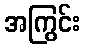
အကြွင်း